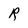
Character: R